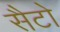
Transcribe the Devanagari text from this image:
सैटो